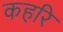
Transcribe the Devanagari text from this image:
कहरि